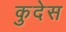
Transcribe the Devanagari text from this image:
कुदेस